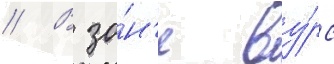
// В зо́н'е ву́рс